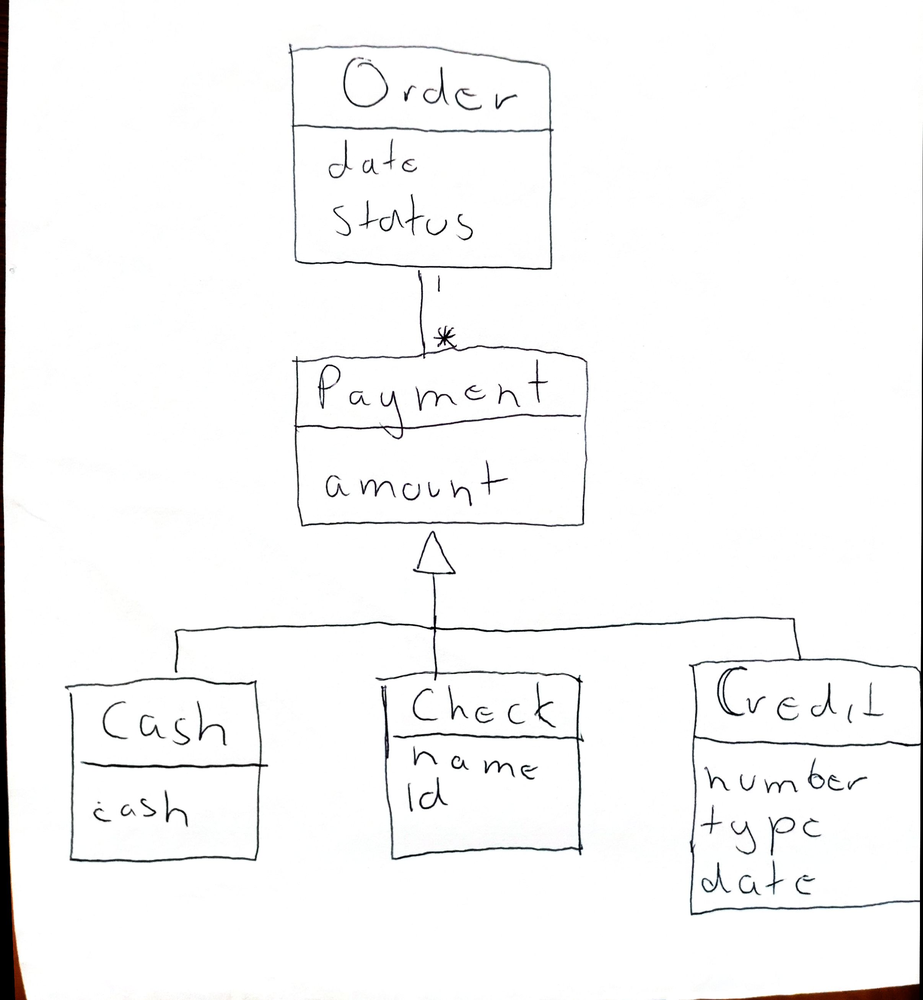
Diagram type: class_diagram
```plantuml
@startuml

class Order {
  date
  status
}

class Payment {
  amount
}

class Cash extends Payment {
  cash
}

class Check extends Payment {
  name
  id
}

class Credit extends Payment {
  number
  type
  date
}

Order "1" -- "*" Payment

@enduml
```